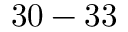
3 0 - 3 3